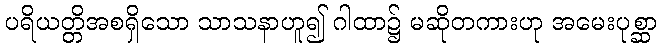
ပရိယတ္တိအစရှိသော သာသနာဟူ၍ ဂါထာ၌ မဆိုတကားဟု အမေးပုစ္ဆာ